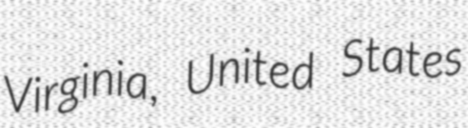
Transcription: Virginia, United States